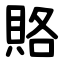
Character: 賂